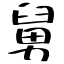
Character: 舅